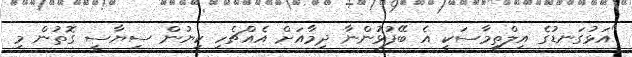
"އަޅުގަނޑުގެ އިލްތިމާސަކީ އެ ބޭފުޅުންނާ ދިމާއަށް އެއްޗެހި ކިޔުން ސިޔާސީ ގޮތުން މި